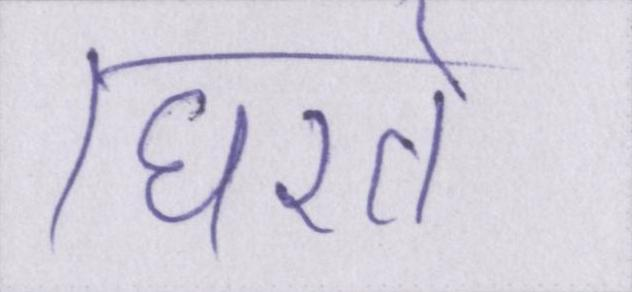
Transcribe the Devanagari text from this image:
घिरते